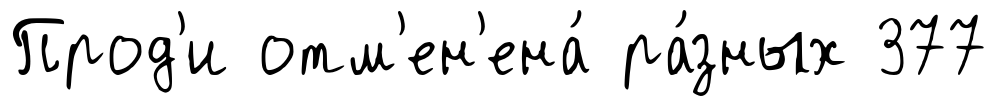
Прод'и отм'ен'ена́ ра́зных 377